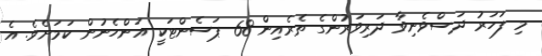
މި ފަހަރު ދަސްވެނިވާ ދަރިވަރުންގެ ތެރެއިން 68 ޕަސެންޓަކީ އަންހެނުން ކަމަށެވެ. އެ